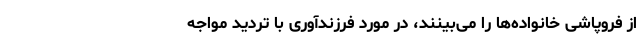
از فروپاشی خانواده‌ها را می‌بینند، در مورد فرزندآوری با تردید مواجه